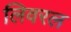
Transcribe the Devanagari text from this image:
लिवरल